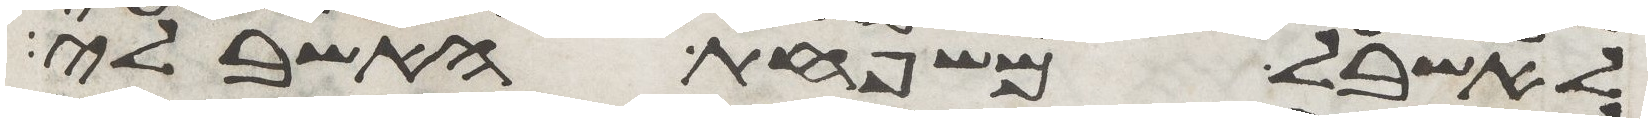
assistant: לאשבל משפחת האשבלי